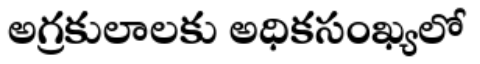
అగ్రకులాలకు అధికసంఖ్యలో